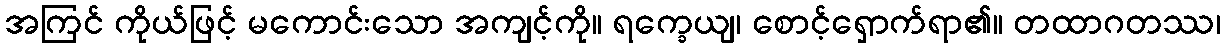
အကြင် ကိုယ်ဖြင့် မကောင်းသော အကျင့်ကို။ ရက္ခေယျ၊ စောင့်ရှောက်ရာ၏။ တထာဂတဿ၊